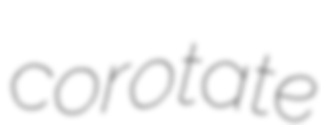
corotate